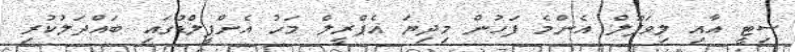
ސިޓީ އާއި ލިވަޕޫލް އެންމެ ފަހުން މިދިޔަ އެޕްރީލް މަހު އެންފީލްޑުގައި ބައްދަލުކުރި